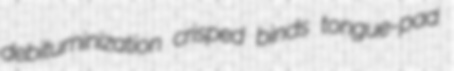
debituminization crisped binds tongue-pad